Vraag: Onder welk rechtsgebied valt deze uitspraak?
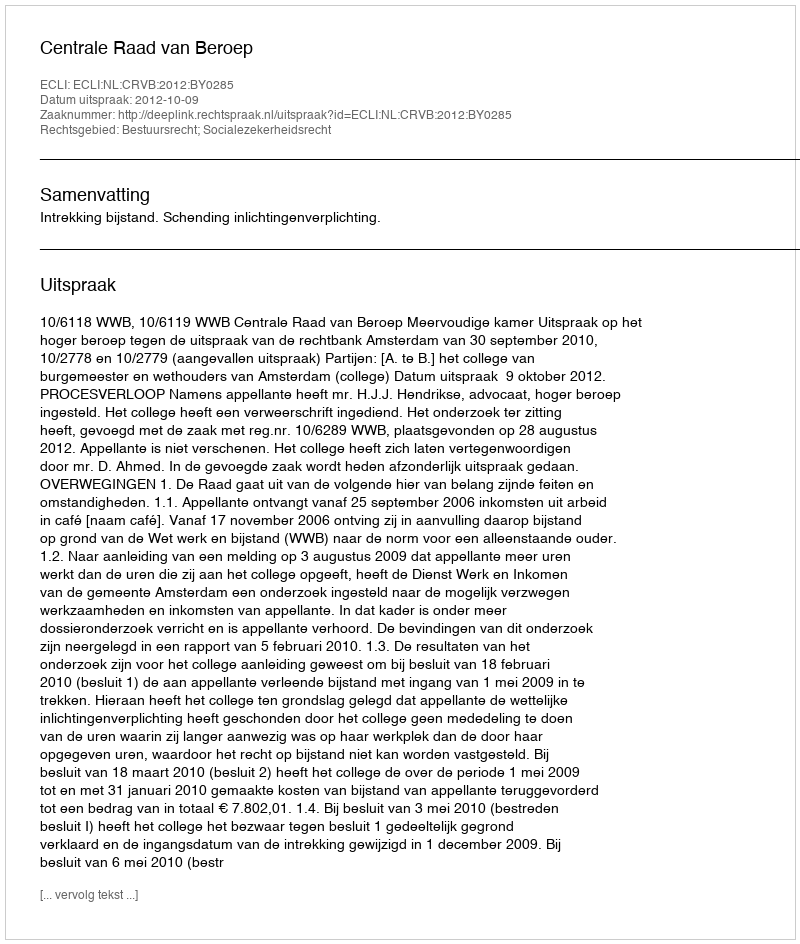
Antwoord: Bestuursrecht; Socialezekerheidsrecht